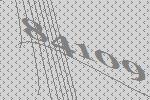
84109